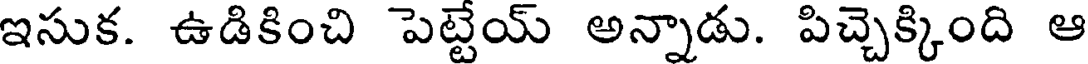
ఇసుక. ఉడికించి పెట్టేయ్ అన్నాడు. పిచ్చెక్కింది ఆ